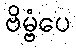
ဗိမ္ဗံပေ